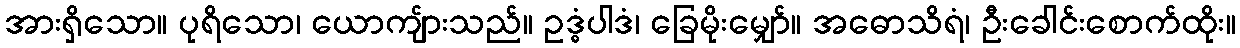
အားရှိသော။ ပုရိသော၊ ယောကျ်ားသည်။ ဥဒ္ဓံပါဒံ၊ ခြေမိုးမျှော်။ အဓောသိရံ၊ ဦးခေါင်းစောက်ထိုး။